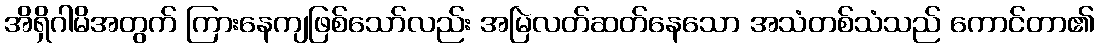
အိရှိဂါမိအတွက် ကြားနေကျဖြစ်သော်လည်း အမြဲလတ်ဆတ်နေသော အသံတစ်သံသည် ကောင်တာ၏